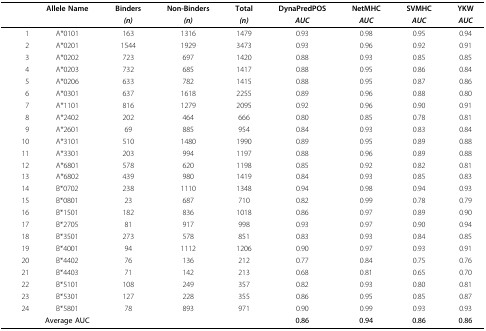
<table><thead><tr><td></td><td><b>Allele Name</b></td><td><b>Binders</b></td><td><b>Non-Binders</b></td><td><b>Total</b></td><td><b>DynaPredPOS</b></td><td><b>NetMHC</b></td><td><b>SVMHC</b></td><td><b>YKW</b></td></tr><tr><td></td><td></td><td><b><i>(n)</i></b></td><td><b><i>(n)</i></b></td><td><b><i>(n)</i></b></td><td><b><i>AUC</i></b></td><td><b><i>AUC</i></b></td><td><b><i>AUC</i></b></td><td><b><i>AUC</i></b></td></tr></thead><tbody><tr><td>1</td><td>A*0101</td><td>163</td><td>1316</td><td>1479</td><td>0.93</td><td>0.98</td><td>0.95</td><td>0.94</td></tr><tr><td>2</td><td>A*0201</td><td>1544</td><td>1929</td><td>3473</td><td>0.93</td><td>0.96</td><td>0.92</td><td>0.91</td></tr><tr><td>3</td><td>A*0202</td><td>723</td><td>697</td><td>1420</td><td>0.88</td><td>0.93</td><td>0.85</td><td>0.85</td></tr><tr><td>4</td><td>A*0203</td><td>732</td><td>685</td><td>1417</td><td>0.88</td><td>0.95</td><td>0.86</td><td>0.84</td></tr><tr><td>5</td><td>A*0206</td><td>633</td><td>782</td><td>1415</td><td>0.88</td><td>0.95</td><td>0.87</td><td>0.86</td></tr><tr><td>6</td><td>A*0301</td><td>637</td><td>1618</td><td>2255</td><td>0.89</td><td>0.96</td><td>0.88</td><td>0.80</td></tr><tr><td>7</td><td>A*1101</td><td>816</td><td>1279</td><td>2095</td><td>0.92</td><td>0.96</td><td>0.90</td><td>0.91</td></tr><tr><td>8</td><td>A*2402</td><td>202</td><td>464</td><td>666</td><td>0.80</td><td>0.85</td><td>0.78</td><td>0.81</td></tr><tr><td>9</td><td>A*2601</td><td>69</td><td>885</td><td>954</td><td>0.84</td><td>0.93</td><td>0.83</td><td>0.84</td></tr><tr><td>10</td><td>A*3101</td><td>510</td><td>1480</td><td>1990</td><td>0.89</td><td>0.95</td><td>0.89</td><td>0.88</td></tr><tr><td>11</td><td>A*3301</td><td>203</td><td>994</td><td>1197</td><td>0.88</td><td>0.96</td><td>0.89</td><td>0.88</td></tr><tr><td>12</td><td>A*6801</td><td>578</td><td>620</td><td>1198</td><td>0.85</td><td>0.92</td><td>0.82</td><td>0.81</td></tr><tr><td>13</td><td>A*6802</td><td>439</td><td>980</td><td>1419</td><td>0.84</td><td>0.93</td><td>0.85</td><td>0.83</td></tr><tr><td>14</td><td>B*0702</td><td>238</td><td>1110</td><td>1348</td><td>0.94</td><td>0.98</td><td>0.94</td><td>0.93</td></tr><tr><td>15</td><td>B*0801</td><td>23</td><td>687</td><td>710</td><td>0.82</td><td>0.99</td><td>0.78</td><td>0.79</td></tr><tr><td>16</td><td>B*1501</td><td>182</td><td>836</td><td>1018</td><td>0.86</td><td>0.97</td><td>0.89</td><td>0.90</td></tr><tr><td>17</td><td>B*2705</td><td>81</td><td>917</td><td>998</td><td>0.93</td><td>0.97</td><td>0.90</td><td>0.94</td></tr><tr><td>18</td><td>B*3501</td><td>273</td><td>578</td><td>851</td><td>0.83</td><td>0.93</td><td>0.84</td><td>0.85</td></tr><tr><td>19</td><td>B*4001</td><td>94</td><td>1112</td><td>1206</td><td>0.90</td><td>0.97</td><td>0.93</td><td>0.91</td></tr><tr><td>20</td><td>B*4402</td><td>76</td><td>136</td><td>212</td><td>0.77</td><td>0.84</td><td>0.75</td><td>0.76</td></tr><tr><td>21</td><td>B*4403</td><td>71</td><td>142</td><td>213</td><td>0.68</td><td>0.81</td><td>0.65</td><td>0.70</td></tr><tr><td>22</td><td>B*5101</td><td>108</td><td>249</td><td>357</td><td>0.82</td><td>0.93</td><td>0.80</td><td>0.81</td></tr><tr><td>23</td><td>B*5301</td><td>127</td><td>228</td><td>355</td><td>0.86</td><td>0.95</td><td>0.85</td><td>0.87</td></tr><tr><td>24</td><td>B*5801</td><td>78</td><td>893</td><td>971</td><td>0.90</td><td>0.99</td><td>0.93</td><td>0.93</td></tr><tr><td></td><td><b>Average AUC</b></td><td></td><td></td><td></td><td><b>0.86</b></td><td><b>0.94</b></td><td><b>0.86</b></td><td><b>0.86</b></td></tr></tbody></table>